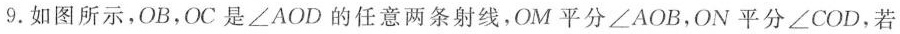
9.如图所示，OB，OC是∠AOD的任意两条射线，OM平分∠AOB，ON平分∠COD，若